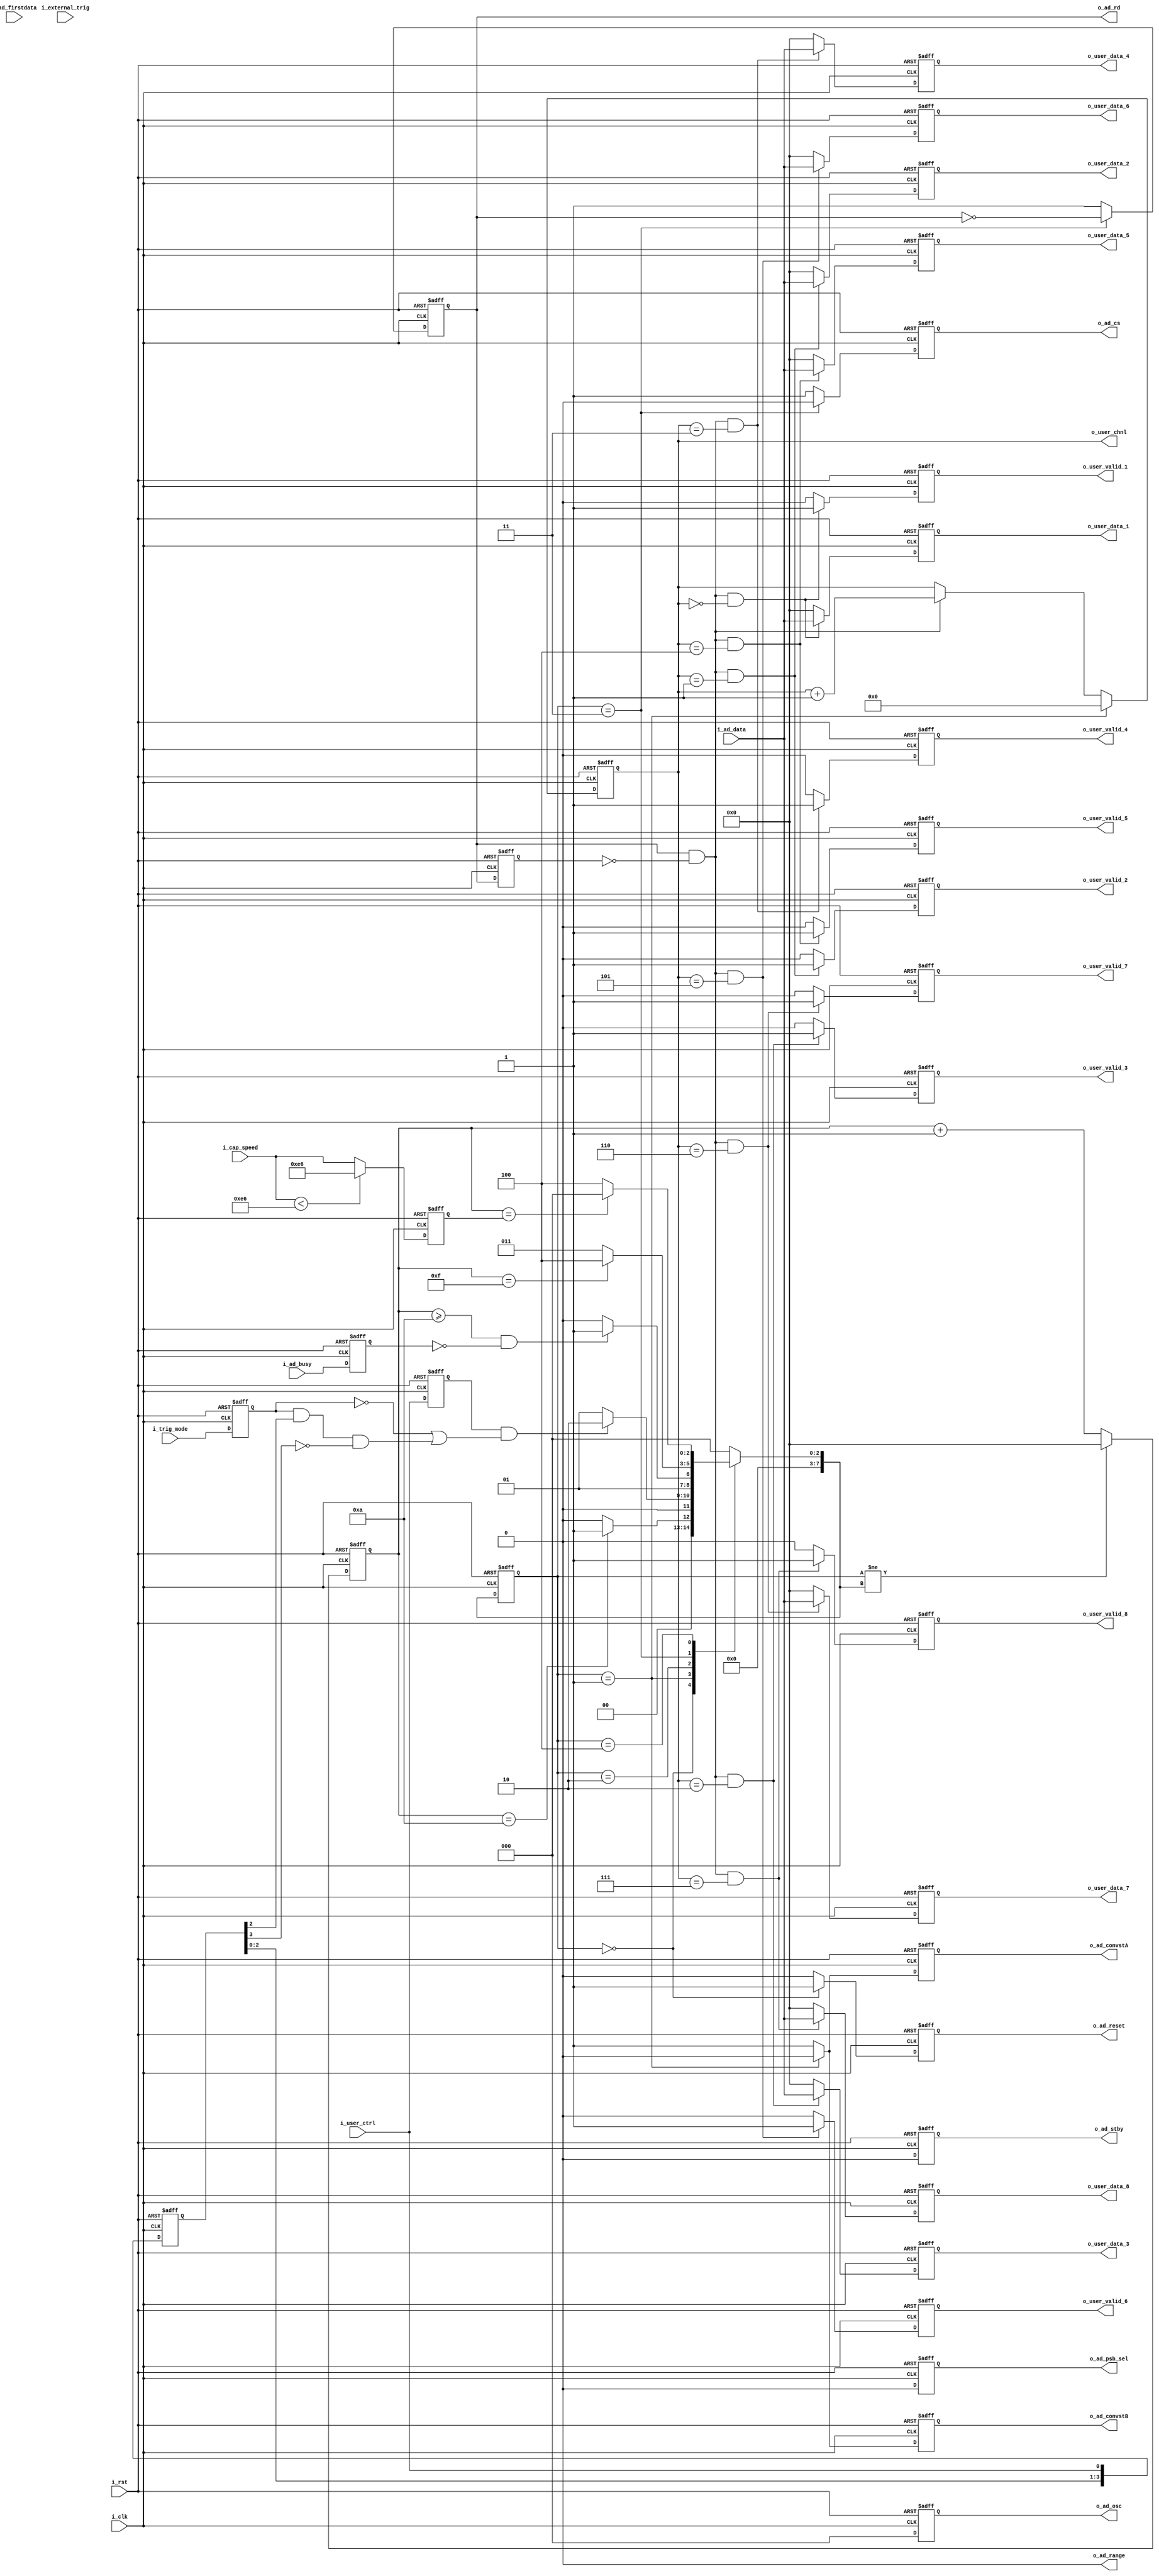
`timescale 1ns / 1ps
//////////////////////////////////////////////////////////////////////////////////
// Company: 
// Engineer: 
// 
// Design Name: 
// Module Name: AD7606_drive
// Project Name: 
// Target Devices: 
// Tool Versions: 
// Description: 
// 
// Dependencies: 
// 
// Revision:
// Revision 0.01 - File Created
// Additional Comments:
// 
//////////////////////////////////////////////////////////////////////////////////


module AD7606_drive#(
    parameter       P_RANGE = 0
)(
    input           i_clk           ,//50MHz 1 cycle = 20ns
    input           i_rst           ,
    /*------user interface------*/
    input           i_user_ctrl     ,
    input           i_external_trig ,
    input           i_trig_mode     ,
    input   [23:0]  i_cap_speed     ,//20ns
    output  [3 :0]  o_user_chnl     ,
    output  [15:0]  o_user_data_1   ,
    output          o_user_valid_1  ,
    output  [15:0]  o_user_data_2   ,
    output          o_user_valid_2  ,
    output  [15:0]  o_user_data_3   ,
    output          o_user_valid_3  ,
    output  [15:0]  o_user_data_4   ,
    output          o_user_valid_4  ,
    output  [15:0]  o_user_data_5   ,
    output          o_user_valid_5  ,
    output  [15:0]  o_user_data_6   ,
    output          o_user_valid_6  ,
    output  [15:0]  o_user_data_7   ,
    output          o_user_valid_7  ,
    output  [15:0]  o_user_data_8   ,
    output          o_user_valid_8  , 
    /*------AD7606 interface------*/
    output          o_ad_psb_sel    ,
    output          o_ad_stby       ,
    output          o_ad_range      ,
    output  [2 :0]  o_ad_osc        ,
    output          o_ad_reset      ,
    output          o_ad_convstA    ,
    output          o_ad_convstB    ,
    output          o_ad_cs         ,
    output          o_ad_rd         ,
    input           i_ad_busy       ,
    input           i_ad_firstdata  ,
    input   [15:0]  i_ad_data       
    );
/******************************function***************************/

/******************************parameter**************************/
localparam      P_ST_RESET  =   0,
                P_ST_CONVST =   1,
                P_ST_BUSY   =   2,
                P_ST_READ   =   3,
                P_ST_WAIT   =   4;
/******************************port*******************************/

/******************************machine****************************/
reg  [7 :0]     r_st_cur        ;
reg  [7 :0]     r_st_nxt        ;
reg  [15:0]     r_st_cnt        ;
/******************************reg********************************/
reg             ri_user_ctrl    ;
reg  [3 :0]     ro_user_chnl    ;
reg             ro_ad_psb_sel   ;
reg             ro_ad_stby      ;
reg  [2 :0]     ro_ad_osc       ;
reg             ro_ad_reset     ;
reg             ro_ad_convstA   ;
reg             ro_ad_convstB   ;
reg             ro_ad_cs        ;
reg             ro_ad_rd        ;
reg             ro_ad_rd_1d     ;
reg             ri_ad_busy      ;
reg             ri_ad_firstdata ;
reg  [15:0]     ri_ad_data      ;

reg  [15:0]     ro_user_data_1  ;
reg             ro_user_valid_1 ;
reg  [15:0]     ro_user_data_2  ;
reg             ro_user_valid_2 ;
reg  [15:0]     ro_user_data_3  ;
reg             ro_user_valid_3 ;
reg  [15:0]     ro_user_data_4  ;
reg             ro_user_valid_4 ;
reg  [15:0]     ro_user_data_5  ;
reg             ro_user_valid_5 ;
reg  [15:0]     ro_user_data_6  ;
reg             ro_user_valid_6 ;
reg  [15:0]     ro_user_data_7  ;
reg             ro_user_valid_7 ;
reg  [15:0]     ro_user_data_8  ;
reg             ro_user_valid_8 ;
reg  [23:0]     ri_cap_speed    ;
reg  [3 :0]     ri_external_trig;
reg             ri_trig_mode    ;
/******************************wire*******************************/
//wire [31:0]     w_wait_cycle    ;
/******************************component**************************/

/******************************assign*****************************/
//assign  w_wait_cycle    =   
assign  o_user_chnl     =   ro_user_chnl    ;
assign  o_ad_psb_sel    =   ro_ad_psb_sel   ;
assign  o_ad_stby       =   ro_ad_stby      ;
assign  o_ad_range      =   P_RANGE         ;
assign  o_ad_osc        =   ro_ad_osc       ;
assign  o_ad_reset      =   ro_ad_reset     ;
assign  o_ad_convstA    =   ro_ad_convstA   ;
assign  o_ad_convstB    =   ro_ad_convstB   ;
assign  o_ad_cs         =   ro_ad_cs        ;
assign  o_ad_rd         =   ro_ad_rd        ;
 
assign  o_user_data_1   =   ro_user_data_1  ;
assign  o_user_valid_1  =   ro_user_valid_1 ;
assign  o_user_data_2   =   ro_user_data_2  ;
assign  o_user_valid_2  =   ro_user_valid_2 ;
assign  o_user_data_3   =   ro_user_data_3  ;
assign  o_user_valid_3  =   ro_user_valid_3 ;
assign  o_user_data_4   =   ro_user_data_4  ;
assign  o_user_valid_4  =   ro_user_valid_4 ;
assign  o_user_data_5   =   ro_user_data_5  ;
assign  o_user_valid_5  =   ro_user_valid_5 ;
assign  o_user_data_6   =   ro_user_data_6  ;
assign  o_user_valid_6  =   ro_user_valid_6 ;
assign  o_user_data_7   =   ro_user_data_7  ;
assign  o_user_valid_7  =   ro_user_valid_7 ;
assign  o_user_data_8   =   ro_user_data_8  ;
assign  o_user_valid_8  =   ro_user_valid_8 ; 
/******************************always*****************************/
always @(posedge i_clk or posedge i_rst)begin
    if(i_rst)
        r_st_cur <= P_ST_RESET;
    else
        r_st_cur <= r_st_nxt;
end

always @(*)begin
    case(r_st_cur)
        P_ST_RESET  : r_st_nxt = r_st_cnt == 10                 ? P_ST_CONVST   : P_ST_RESET    ;

        P_ST_CONVST : r_st_nxt = ri_user_ctrl && (!ri_trig_mode || (ri_trig_mode && ri_external_trig[2] && !ri_external_trig[3]))
                                                                ? P_ST_BUSY     : P_ST_CONVST   ;
                                                                
        P_ST_BUSY   : r_st_nxt = r_st_cnt >= 10 && !ri_ad_busy  ? P_ST_READ     : P_ST_BUSY     ;
        P_ST_READ   : r_st_nxt = r_st_cnt == 16 - 1             ? P_ST_WAIT     : P_ST_READ     ;
        P_ST_WAIT   : r_st_nxt = r_st_cnt == ri_cap_speed       ? P_ST_RESET    : P_ST_WAIT     ;
        default     : r_st_nxt = P_ST_RESET;
    endcase
end

always @(posedge i_clk or posedge i_rst)begin
    if(i_rst)
        r_st_cnt <= 'd0;
    else if(r_st_cur != r_st_nxt)
        r_st_cnt <= 'd0;
    else 
        r_st_cnt <= r_st_cnt + 1;
end

always @(posedge i_clk or posedge i_rst)begin
    if(i_rst)
        ri_cap_speed <= 'd0;
    else if(i_cap_speed < 230)
        ri_cap_speed <= 230;//5us250
    else
        ri_cap_speed <= i_cap_speed;
end

always @(posedge i_clk or posedge i_rst)begin
    if(i_rst)begin
        ri_external_trig <= 'd0;
    end
    else begin
        ri_external_trig <= {ri_external_trig[2:0],i_user_ctrl};
    end
end
always @(posedge i_clk or posedge i_rst)begin
    if(i_rst)begin
        ri_trig_mode <= 'd0;
    end
    else begin
        ri_trig_mode <= i_trig_mode;
    end
end
always @(posedge i_clk or posedge i_rst)begin
    if(i_rst)begin
        ri_user_ctrl <= 'd0;
    end
    else begin
        ri_user_ctrl <= i_user_ctrl;
    end
end

always @(posedge i_clk or posedge i_rst)begin
    if(i_rst)
        ro_ad_psb_sel <= 'd0;
    else
        ro_ad_psb_sel <= 'd0;
end

always @(posedge i_clk or posedge i_rst)begin
    if(i_rst)
        ro_ad_stby <= 'd0;
    else
        ro_ad_stby <= 'd0;
end

always @(posedge i_clk or posedge i_rst)begin
    if(i_rst)
        ro_ad_osc <= 'd0;
    else
        ro_ad_osc <= 'd0;
end

always @(posedge i_clk or posedge i_rst)begin
    if(i_rst) 
        ri_ad_busy      <= 'd0;
    else 
        ri_ad_busy      <= i_ad_busy     ;
end

always @(posedge i_clk or posedge i_rst)begin
    if(i_rst)
        ro_ad_reset <= 'd1;
    else if(r_st_cur == P_ST_RESET)
        ro_ad_reset <= 'd1;
    else
        ro_ad_reset <= 'd0;
end

always @(posedge i_clk or posedge i_rst)begin
    if(i_rst)begin
        ro_ad_convstA <= 'd1;
        ro_ad_convstB <= 'd1;
    end
    else if(r_st_cur == P_ST_CONVST)begin
        ro_ad_convstA <= 'd0;
        ro_ad_convstB <= 'd0;
    end
    else begin
        ro_ad_convstA <= 'd1;
        ro_ad_convstB <= 'd1;    
    end
end

always @(posedge i_clk or posedge i_rst)begin
    if(i_rst)
        ro_ad_cs <= 'd1;
    else if(r_st_cur == P_ST_READ)
        ro_ad_cs <= 'd0;
    else
        ro_ad_cs <= 'd1;
end

always @(posedge i_clk or posedge i_rst)begin
    if(i_rst)
        ro_ad_rd <= 'd1;
    else if(r_st_cur == P_ST_READ)
        ro_ad_rd <= ~ro_ad_rd;
    else
        ro_ad_rd <= 'd1;
end

always @(posedge i_clk or posedge i_rst)begin
    if(i_rst)
        ro_ad_rd_1d <= 'd1;
    else
        ro_ad_rd_1d <= ro_ad_rd;
end
 
always @(posedge i_clk or posedge i_rst)begin
    if(i_rst)
        ri_ad_data <= 'd0;
    else if(ro_ad_rd && !ro_ad_rd_1d)
        ri_ad_data <= i_ad_data;
    else
        ri_ad_data <= ri_ad_data;
end

always @(posedge i_clk or posedge i_rst)begin
    if(i_rst)
        ri_ad_firstdata <= 'd0;
    else if(ro_ad_rd && !ro_ad_rd_1d)
        ri_ad_firstdata <= i_ad_firstdata;
    else
        ri_ad_firstdata <= 'd0;
end

always @(posedge i_clk or posedge i_rst)begin
    if(i_rst)
        ro_user_chnl <= 'd0;
    else if(r_st_cur == P_ST_CONVST)
        ro_user_chnl <= 'd0;
    else if(ro_ad_rd && !ro_ad_rd_1d)
        ro_user_chnl <= ro_user_chnl + 1;
    else
        ro_user_chnl <= ro_user_chnl;
end


always@(posedge i_clk,posedge i_rst)
begin
    if(i_rst)
        ro_user_data_1 <= 'd0;
    else if(ro_ad_rd && !ro_ad_rd_1d && ro_user_chnl == 0)
        ro_user_data_1 <= i_ad_data;
    else    
        ro_user_data_1 <= 'd0;
end

always@(posedge i_clk,posedge i_rst)
begin
    if(i_rst) 
        ro_user_data_2 <= 'd0;
    else if(ro_ad_rd && !ro_ad_rd_1d && ro_user_chnl == 1)
        ro_user_data_2 <= i_ad_data;
    else    
        ro_user_data_2 <= 'd0;
end

always@(posedge i_clk,posedge i_rst)
begin
    if(i_rst)
        ro_user_data_3 <= 'd0;
    else if(ro_ad_rd && !ro_ad_rd_1d && ro_user_chnl == 2)
        ro_user_data_3 <= i_ad_data;
    else    
        ro_user_data_3 <= 'd0;
end

always@(posedge i_clk,posedge i_rst)
begin
    if(i_rst)
        ro_user_data_4 <= 'd0;
    else if(ro_ad_rd && !ro_ad_rd_1d && ro_user_chnl == 3)
        ro_user_data_4 <= i_ad_data;
    else    
        ro_user_data_4 <= 'd0;
end

always@(posedge i_clk,posedge i_rst)
begin
    if(i_rst)
        ro_user_data_5 <= 'd0;
    else if(ro_ad_rd && !ro_ad_rd_1d && ro_user_chnl == 4)
        ro_user_data_5 <= i_ad_data;
    else    
        ro_user_data_5 <= 'd0;
end

always@(posedge i_clk,posedge i_rst)
begin
    if(i_rst)
        ro_user_data_6 <= 'd0;
    else if(ro_ad_rd && !ro_ad_rd_1d && ro_user_chnl == 5)
        ro_user_data_6 <= i_ad_data;
    else    
        ro_user_data_6 <= 'd0;
end

always@(posedge i_clk,posedge i_rst)
begin
    if(i_rst)
        ro_user_data_7 <= 'd0;
    else if(ro_ad_rd && !ro_ad_rd_1d && ro_user_chnl == 6)
        ro_user_data_7 <= i_ad_data;
    else    
        ro_user_data_7 <= 'd0;
end

always@(posedge i_clk,posedge i_rst)
begin
    if(i_rst)
        ro_user_data_8 <= 'd0;
    else if(ro_ad_rd && !ro_ad_rd_1d && ro_user_chnl == 7)
        ro_user_data_8 <= i_ad_data;
    else    
        ro_user_data_8 <= 'd0;
end

always@(posedge i_clk,posedge i_rst)
begin
    if(i_rst)
        ro_user_valid_1 <= 'd0;
    else if(ro_ad_rd && !ro_ad_rd_1d && ro_user_chnl == 0)
        ro_user_valid_1 <= 'd1;
    else    
        ro_user_valid_1 <= 'd0;
end

always@(posedge i_clk,posedge i_rst)
begin
    if(i_rst)
        ro_user_valid_2 <= 'd0;
    else if(ro_ad_rd && !ro_ad_rd_1d && ro_user_chnl == 1)
        ro_user_valid_2 <= 'd1;
    else    
        ro_user_valid_2 <= 'd0;
end

always@(posedge i_clk,posedge i_rst)
begin
    if(i_rst)
        ro_user_valid_3 <= 'd0;
    else if(ro_ad_rd && !ro_ad_rd_1d && ro_user_chnl == 2)
        ro_user_valid_3 <= 'd1;
    else    
        ro_user_valid_3 <= 'd0;
end

always@(posedge i_clk,posedge i_rst)
begin
    if(i_rst)
        ro_user_valid_4 <= 'd0;
    else if(ro_ad_rd && !ro_ad_rd_1d && ro_user_chnl == 3)
        ro_user_valid_4 <= 'd1;
    else    
        ro_user_valid_4 <= 'd0;
end

always@(posedge i_clk,posedge i_rst)
begin
    if(i_rst)
        ro_user_valid_5 <= 'd0;
    else if(ro_ad_rd && !ro_ad_rd_1d && ro_user_chnl == 4)
        ro_user_valid_5 <= 'd1;
    else    
        ro_user_valid_5 <= 'd0;
end

always@(posedge i_clk,posedge i_rst)
begin
    if(i_rst)
        ro_user_valid_6 <= 'd0;
    else if(ro_ad_rd && !ro_ad_rd_1d && ro_user_chnl == 5)
        ro_user_valid_6 <= 'd1;
    else    
        ro_user_valid_6 <= 'd0;
end

always@(posedge i_clk,posedge i_rst)
begin
    if(i_rst)
        ro_user_valid_7 <= 'd0;
    else if(ro_ad_rd && !ro_ad_rd_1d && ro_user_chnl == 6)
        ro_user_valid_7 <= 'd1;
    else    
        ro_user_valid_7 <= 'd0;
end

always@(posedge i_clk,posedge i_rst)
begin
    if(i_rst)
        ro_user_valid_8 <= 'd0;
    else if(ro_ad_rd && !ro_ad_rd_1d && ro_user_chnl == 7)
        ro_user_valid_8 <= 'd1;
    else    
        ro_user_valid_8 <= 'd0;
end

endmodule